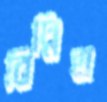
বিঘ্নিত